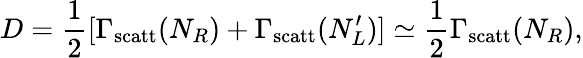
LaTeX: D=\frac{1}{2}[\Gamma_{\mathrm{scatt}}(N_{R})+\Gamma_{\mathrm{scatt}}(N_{L}^{\prime})]\simeq\frac{1}{2}\Gamma_{\mathrm{scatt}}(N_{R}),